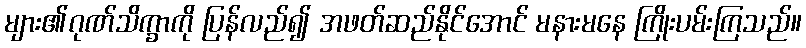
များ၏ဂုဏ်သိက္ခာကို ပြန်လည်၍ အဖတ်ဆည်နိုင်အောင် မနားမနေ ကြိုးပမ်းကြသည်။